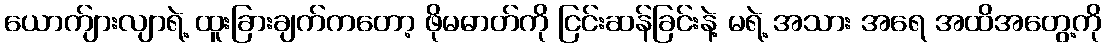
ယောက်ျားလျာရဲ့ ထူးခြားချက်ကတော့ ဖိုမဓာတ်ကို ငြင်းဆန်ခြင်းနဲ့ မရဲ့ အသား အရေ အထိအတွေ့ကို